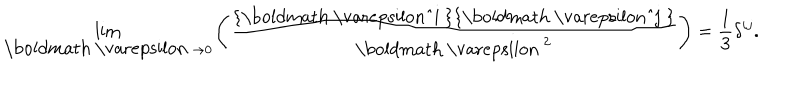
LaTeX: \lim _ { { \mathrm { \boldmath ~ \ v a r e p s i l o n ~ } } \to 0 } \left( \frac { \mathrm { { \boldmath ~ \ v a r e p s i l o n ^ { i } ~ } } \mathrm { { \boldmath ~ \ v a r e p s i l o n ^ { j } ~ } } } { { \mathrm { \boldmath ~ \ v a r e p s i l o n ~ } } ^ { 2 } } \right) = \frac { 1 } { 3 } \delta ^ { i j } .